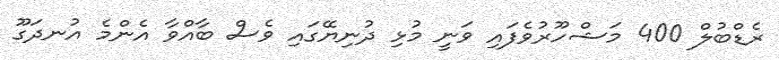
ރެޑްބުލް 400 މަޝްހޫރުވެފައި ވަނީ މުޅި ދުނިޔޭގައި ވެސް ބާއްވާ އެންމެ އުނދަގޫ